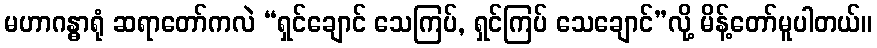
မဟာဂန္ဓာရုံ ဆရာတော်ကလဲ “ရှင်ချောင် သေကြပ်, ရှင်ကြပ် သေချောင်”လို့ မိန့်တော်မူပါတယ်။